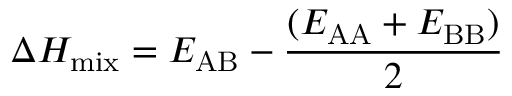
\Delta H _ { \mathrm { m i x } } = E _ { \mathrm { A B } } - \frac { ( E _ { \mathrm { A A } } + E _ { \mathrm { B B } } ) } { 2 }